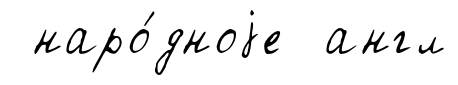
наро́дноjе англ